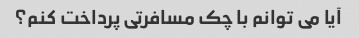
آیا می توانم با چک مسافرتی پرداخت کنم؟